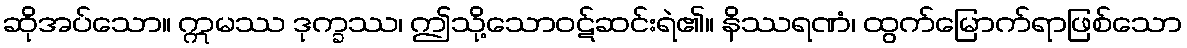
ဆိုအပ်သော။ ဣမဿ ဒုက္ခဿ၊ ဤသို့သောဝဋ်ဆင်းရဲ၏။ နိဿရဏံ၊ ထွက်မြောက်ရာဖြစ်သော